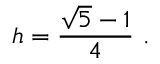
h = { \frac { { \sqrt { 5 } } - 1 } { 4 } } \ .